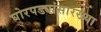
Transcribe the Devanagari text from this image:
घोरपड्यांसारख्या